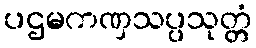
ပဌမကဏှသပ္ပသုတ္တံ